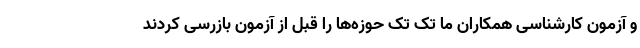
و آزمون کارشناسی همکاران ما تک تک حوزه‌ها را قبل از آزمون بازرسی کردند